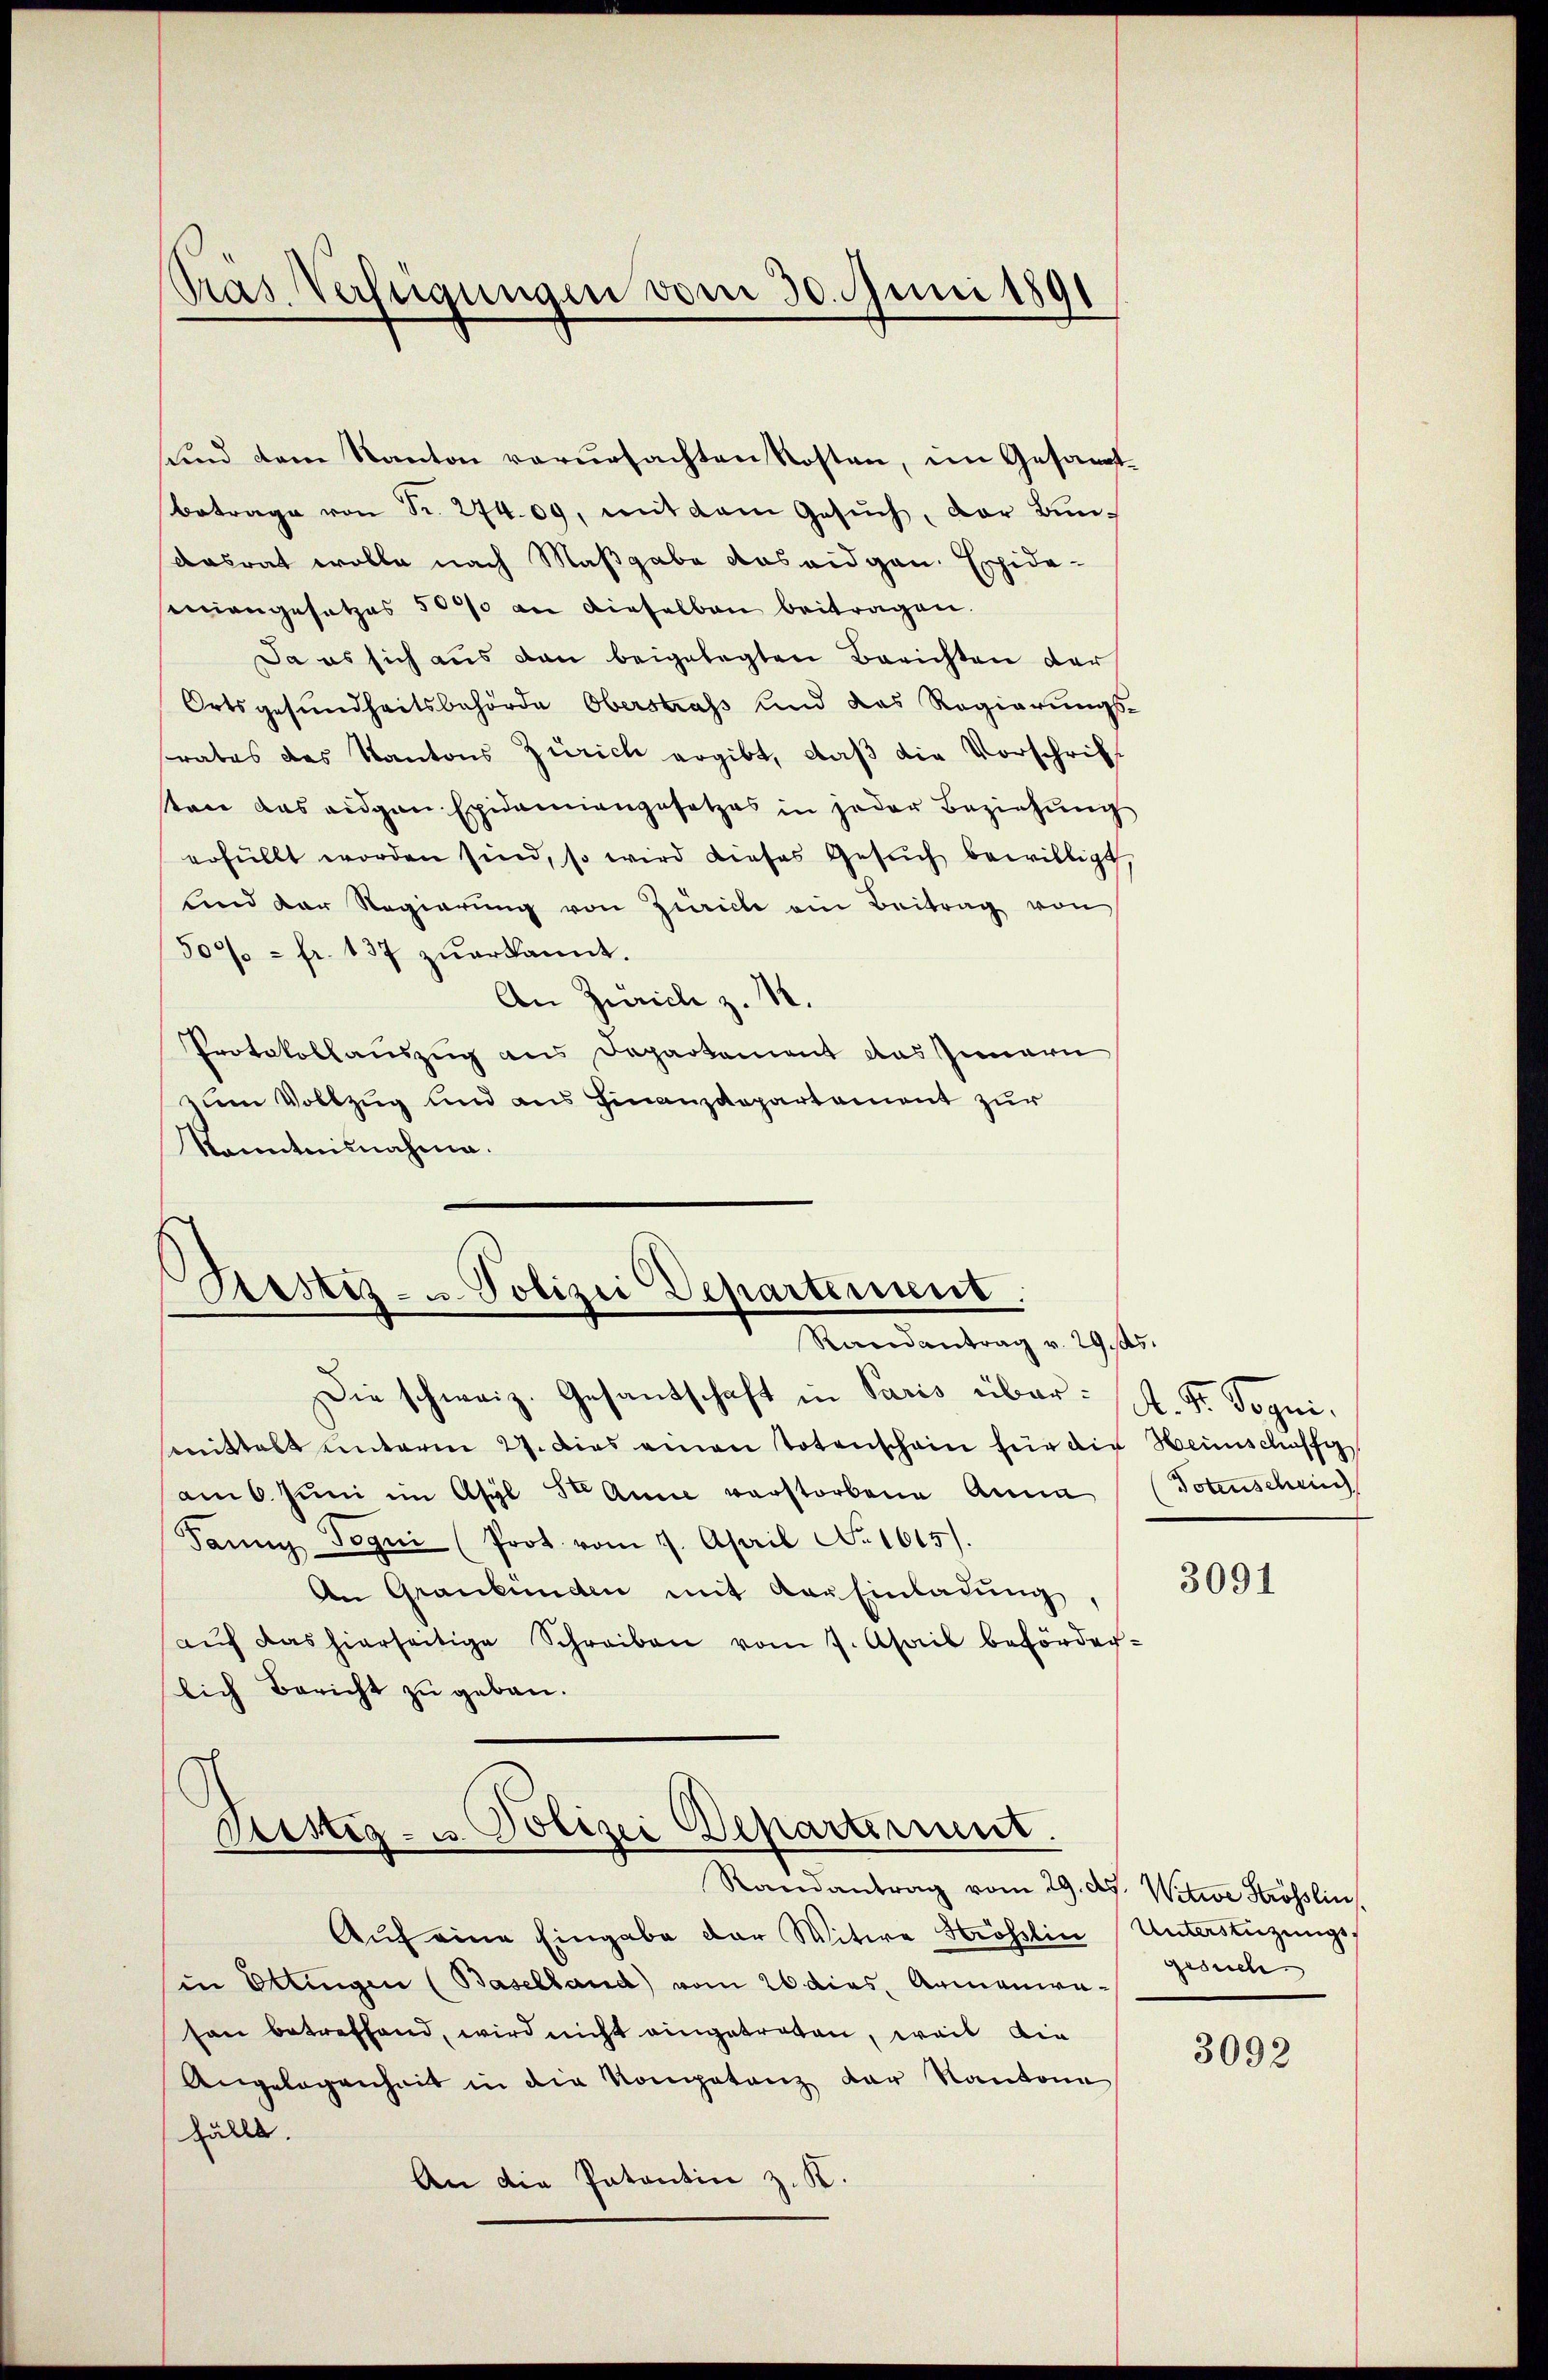
Pras. Verfügungen vom 30. Juni 1891

und dem Kanton verursachten Kosten, im Gesamt¬
Betrage von Fr. 274. 09, mit dem Gesŭch, der Bun-
Aasrat wolle nach Maßgabe aus eidgen. Expida-
eiangesetzes 5000 an dieselben beitragen.
Da es sich aus den beigelegten Berichten der
Ortsgesundheitsbehörde Oberstrafs und das Regierungs-
srates des Kantons Zürich ergibt, daß die Vorschrift
ten das eidgen Epidemiengesetzes in jeder Beziehung
erfüllt worden sind, so wird dieses Gesŭch bewilligt,
sind der Regierŭng von Zürich ein Beitrag von
509 - fr. 137 zŭerkannt.
An Zürich z. 12.
Protokollauszug aus Departement das Innern
zum Vollzug und aus Finanzdepartement zur
Kanntnisnahme.

Sistiz- u. Polizei Departement.
Randantrag v. 29 s.

Die schweiz. Gesandschaft in Paris über: A. Fr. Sognismittelt unterm 27. dies einen Totenschein für die Heimschaffg
am 6. Juni im Asyl 3 Anne verstorbene Anna
Fanny Pogni (Prot. vom 7. April N. 1615).
An Graubünden mit der Einladung
aŭf das hierseitige Schreiben vom 7. April beförder-
lich Bericht zu geben.

Ristig- u. Polizei Departement.

Ramantrag vom 29. d. Witwe Strösslin,
Aŭf eine Eingabe der Witwe Strohlin Unterstüzungsin Ettingen (Baselland) vom 26 dies. Armanirason betreffend, wird nicht eingetreten, weis die
Angelegenheit in die Kompetenz der Kantone
Fälle.
An die Patentin z. K.

(Totenschein

3091

gesuch.

3092